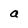
Character: a